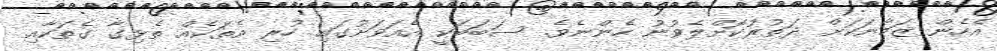
އެހެން ޒަމާނަކަށް ދަތުރުކޮށްލެވުނު ހެންނެވެ. ސަބަބަކީ އެއަވަށުގައި ހުރި އެތަކެއް ތެޅިގާ ގެތަކާއި